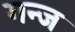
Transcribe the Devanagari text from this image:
गन्ज